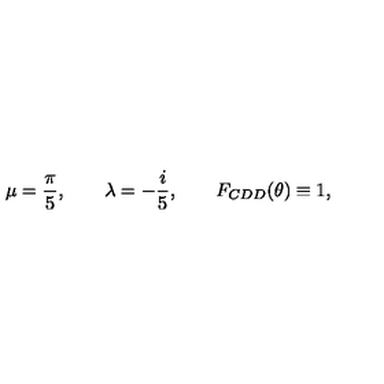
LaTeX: \mu = \frac { \pi } { 5 } , \qquad \lambda = - \frac { i } { 5 } , \qquad F _ { C D D } ( \theta ) \equiv 1 ,